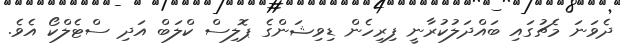
ދެވަނަ މެޗުގައި ބައްދަލުކުރާނީ ފިރިހެން ޑިވިޝަންގެ ޕޮލިސް ކްލަބް އަދި ސްޓެލްކޯ އެވެ.